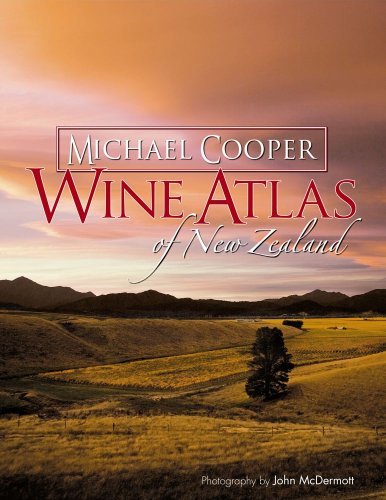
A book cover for Wine Atlas of New Zealand: 2nd Edition; Micheal Cooper; Cookbooks, Food & Wine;